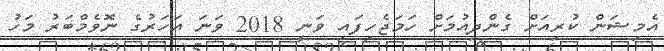
އެމިޝަން ކުރިއަށް ގެންދިއުމަށް ހަމަޖެހިފައި ވަނީ 2018 ވަނަ އަހަރުގެ ނޮވެމްބަރު މަހު